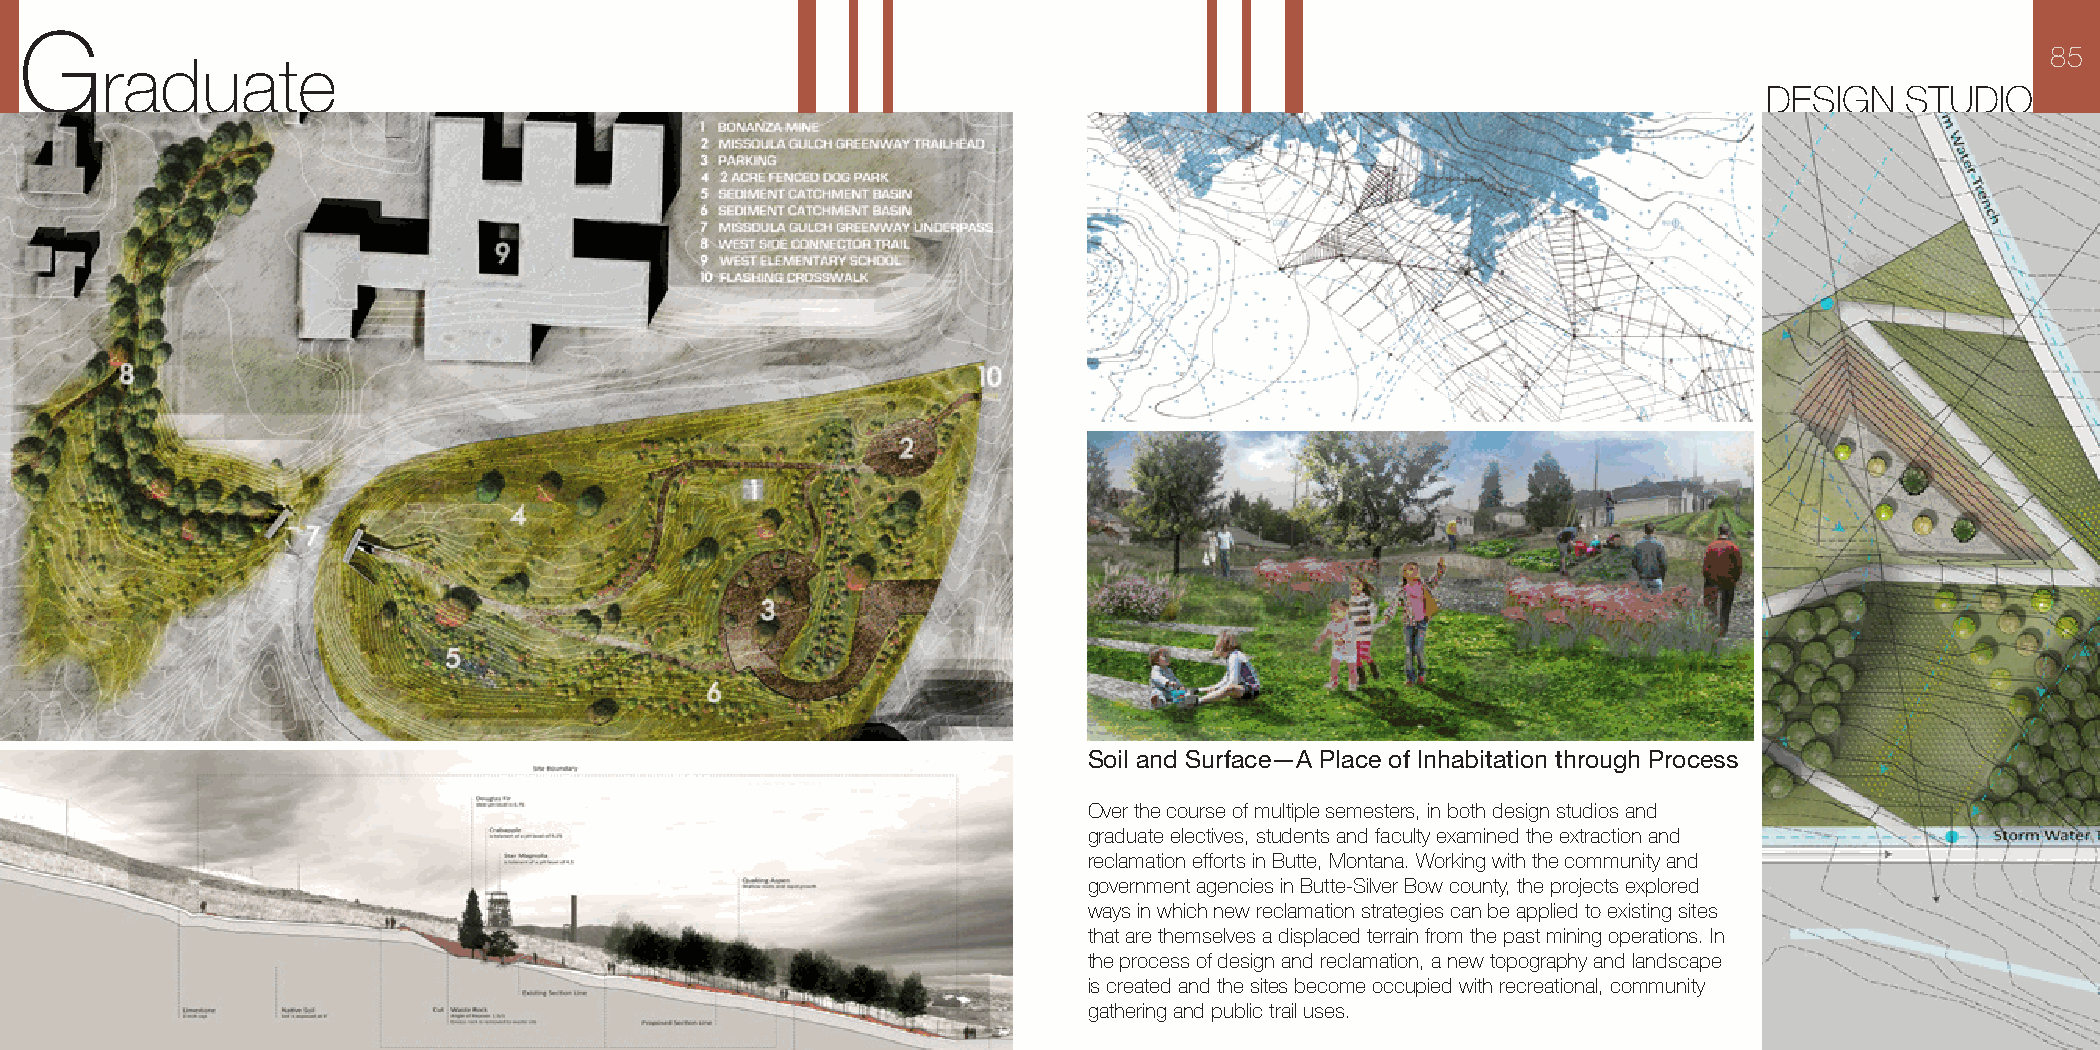
G
 85
 raduate
 DESIGN   STUDIO
 Soil and Surface—A Place of Inhabitation through Process
 Over the course of multiple semesters, in both design studios and
 graduate electives, students and faculty examined the extraction and
 reclamation efforts in Butte, Montana. Working with the community and
 government agencies in Butte-Silver Bow county, the projects explored
 ways in which new reclamation strategies can be applied to existing sites
 that are themselves a displaced terrain from the past mining operations. In
 the process of design and reclamation, a new topography and landscape
 is created and the sites become occupied with recreational, community
 gathering and public trail uses.